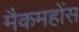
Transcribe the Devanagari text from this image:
मैकमहोंस